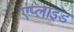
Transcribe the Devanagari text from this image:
एंप्‍लाइड